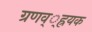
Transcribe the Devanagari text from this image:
ग्रणव््ह्रयक